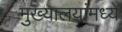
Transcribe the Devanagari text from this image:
मुख्यालयांमध्ये